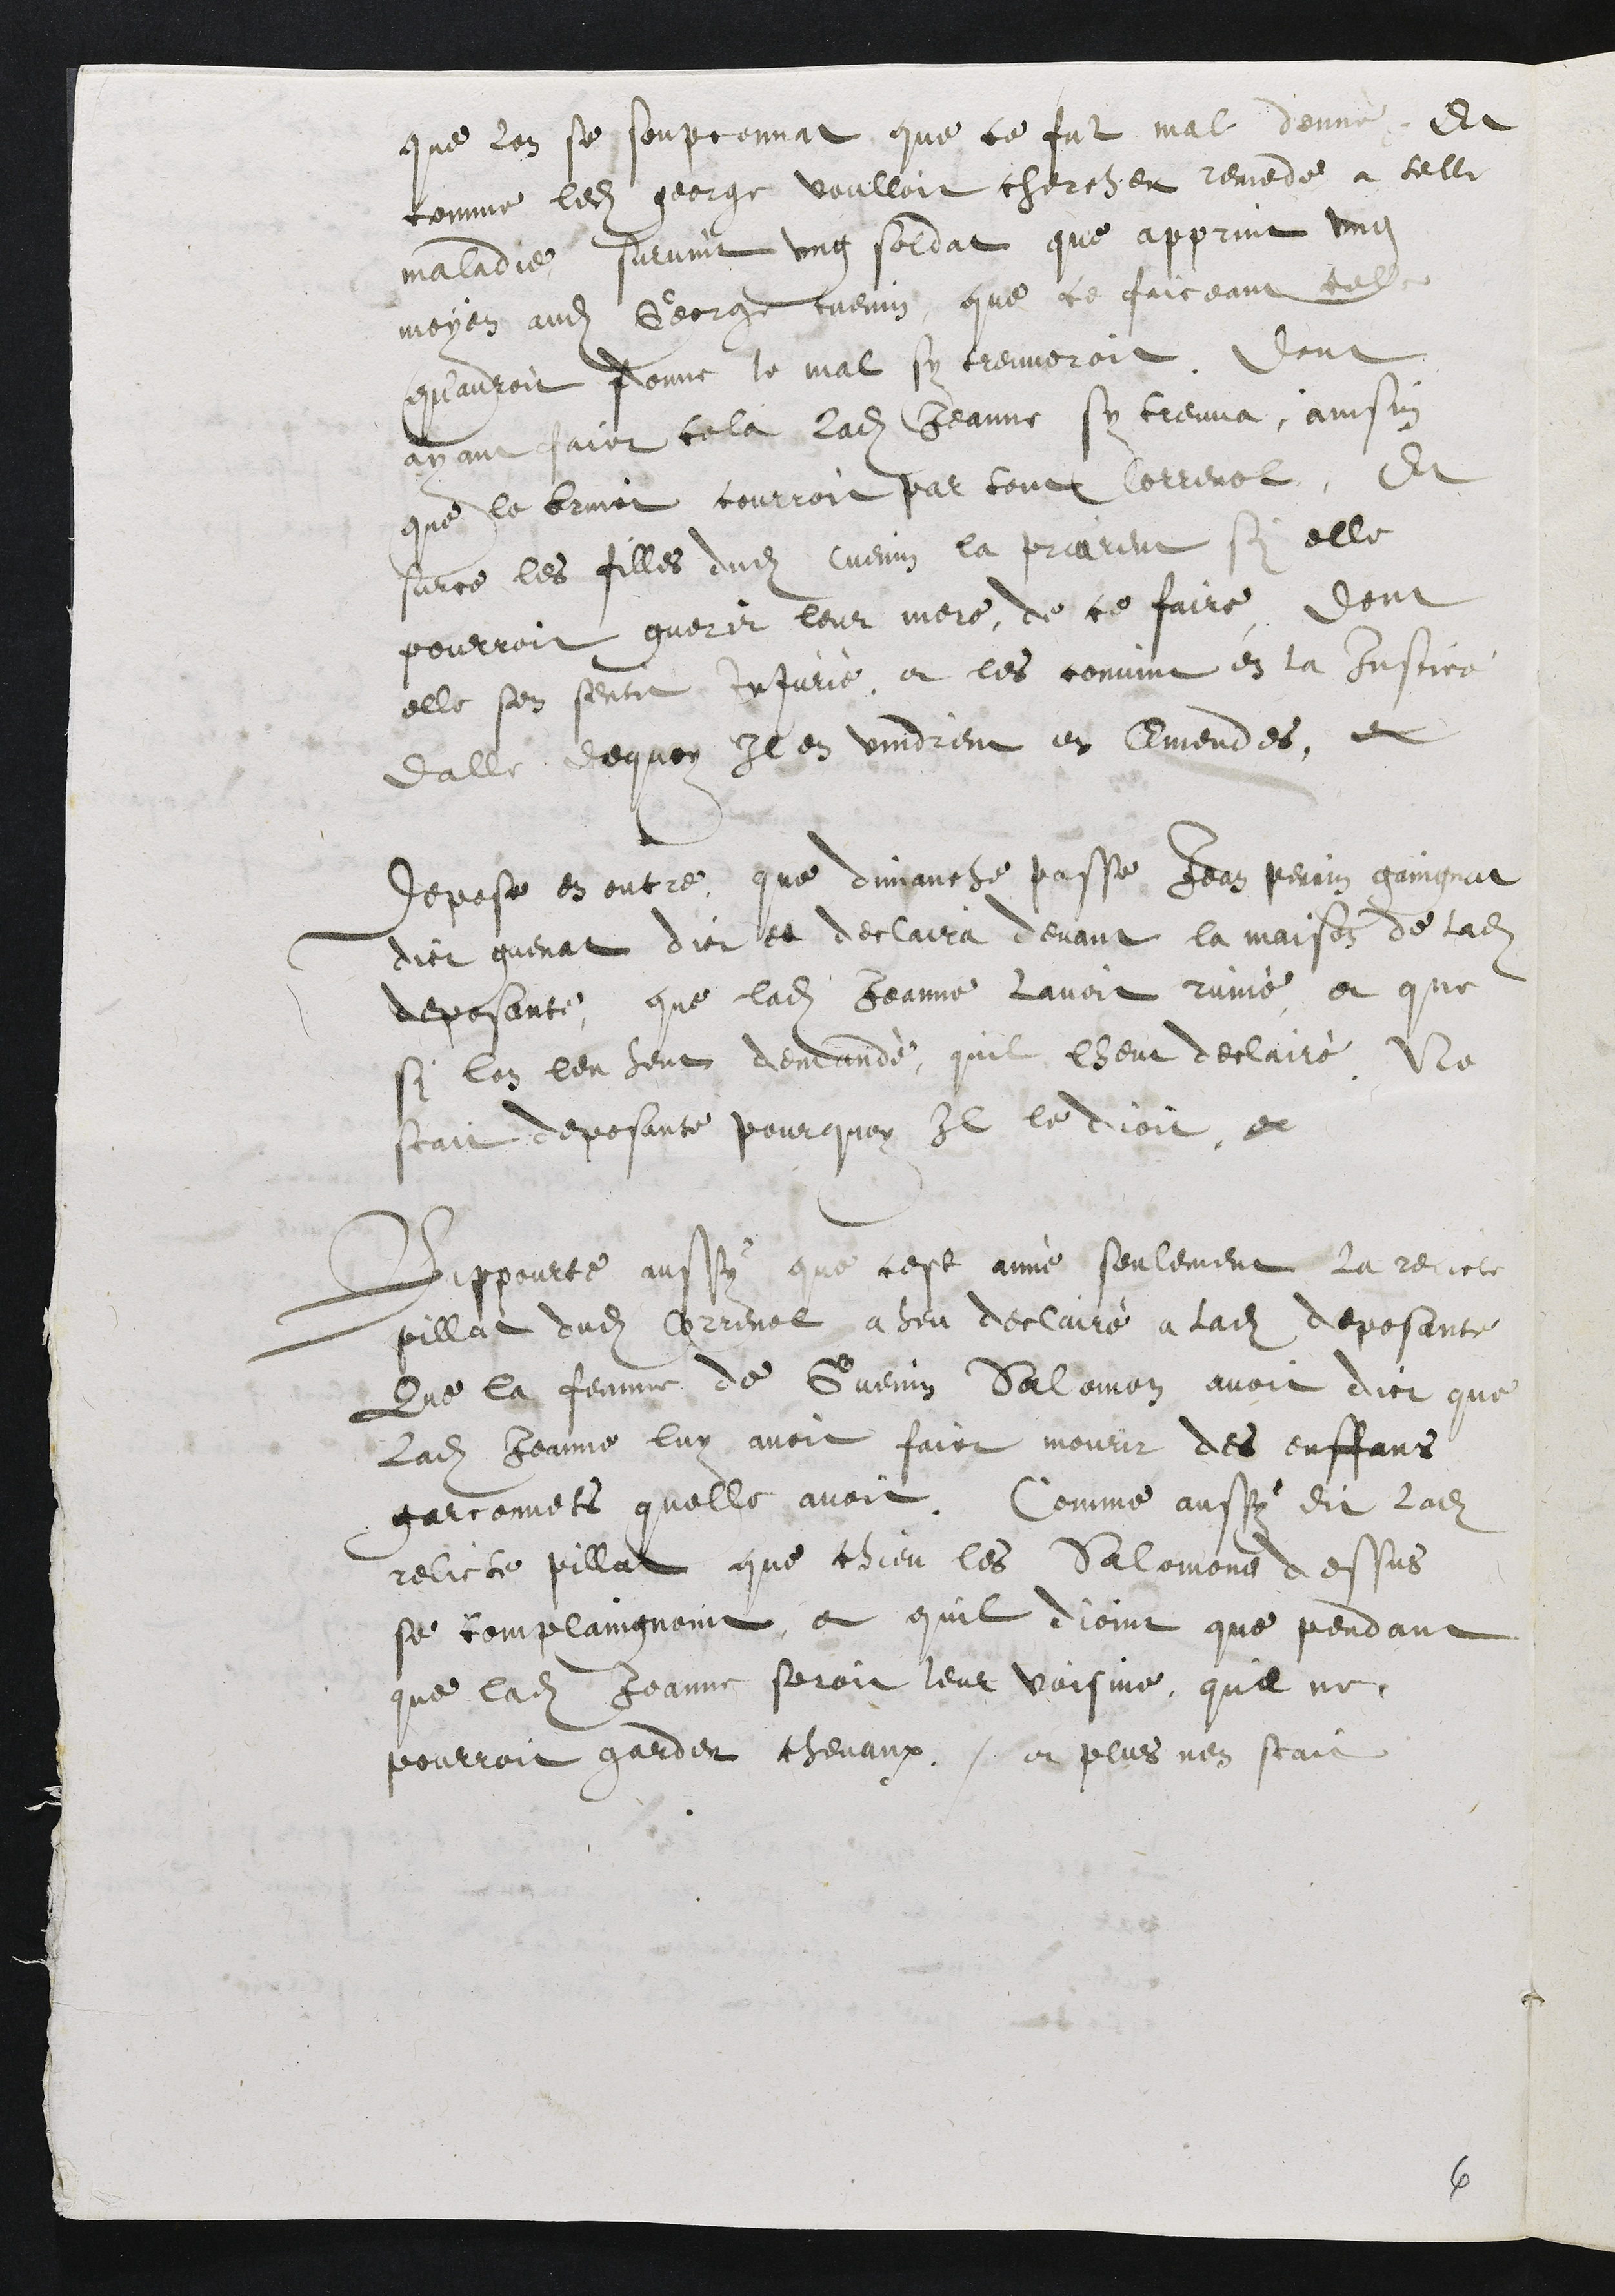
que lon se soupconnat que ce fut mal donné, Et
comme ledit George voulloit chercher remede a telle
maladie, survint ung soldat que apprint ung
moyen audit George cuenin, que ce faiceant telle
quauroit donne le mal sy treuveroit. Dont
ayant faict cela ladite Jeanne sy treuva, ainsin
que le bruict courroit par tout Correnol, Et
surce les filles dudit Cuenin la priarent si elle
pourroit guerir leur mere de ce faire dont
elle sen sentit injurié, et les convint en la Justice
dalle dequoy il en vindrent en Emendes, et
Depose en outre que dimanche passe Jean Perrin gaingnat
dict guenat dict et declaira devant la maison de ladite
deposante, que ladite Jeanne lavoit ruiné et que
si lon len heut demandé, quil lheut declairé Ne
scait deposante pourquoy il le dioit et
Rappourte aussy que cest anné seulement la relicte
pillat dudit Correnol a heu declairé a ladite deposante
Que la femme de Guenin Salomon avoit dict que
ladite Jeanne luy avoit faict mourir des enffans
garconnets quelle avoit. Comme aussy dit ladite
relicte pillat que chieu les Salomons dessus
se complaingnoint et quil dioint que pendant
que ladite Jeanne seroit leur voisine, quil ne
pourroit garder chevaux, et plus nen scait

6